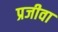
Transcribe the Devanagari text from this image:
प्रजीवा